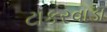
ટાકરવાડા